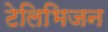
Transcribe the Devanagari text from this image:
टेलिभिजन